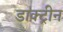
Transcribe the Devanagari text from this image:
डाक्ट्रीन